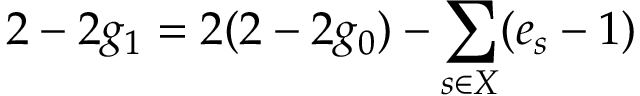
2 - 2 g _ { 1 } = 2 ( 2 - 2 g _ { 0 } ) - \sum _ { s \in X } ( e _ { s } - 1 )